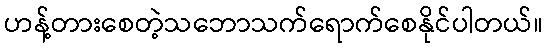
ဟန့်တားစေတဲ့သဘောသက်ရောက်စေနိုင်ပါတယ်။